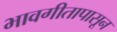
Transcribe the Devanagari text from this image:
भावगीतापासून